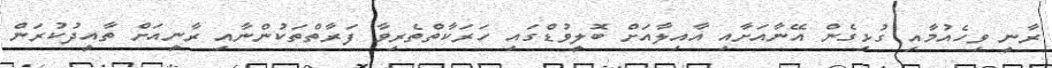
ރާނީ ވިހެއުމާއި ގުޅިގެން އޭނާއަށާއި އާއިލާއަށް ބޮލީވުޑްގައި ހަރަކާތްތެރިވާ ފަރާތްތަކުންނާއި ރާނީއަށް ތާއީދުކުރަން